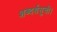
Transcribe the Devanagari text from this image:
शब्दर्थसूची।